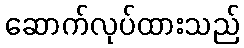
ဆောက်လုပ်ထားသည်